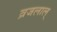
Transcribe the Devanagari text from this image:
व्रजलाल्